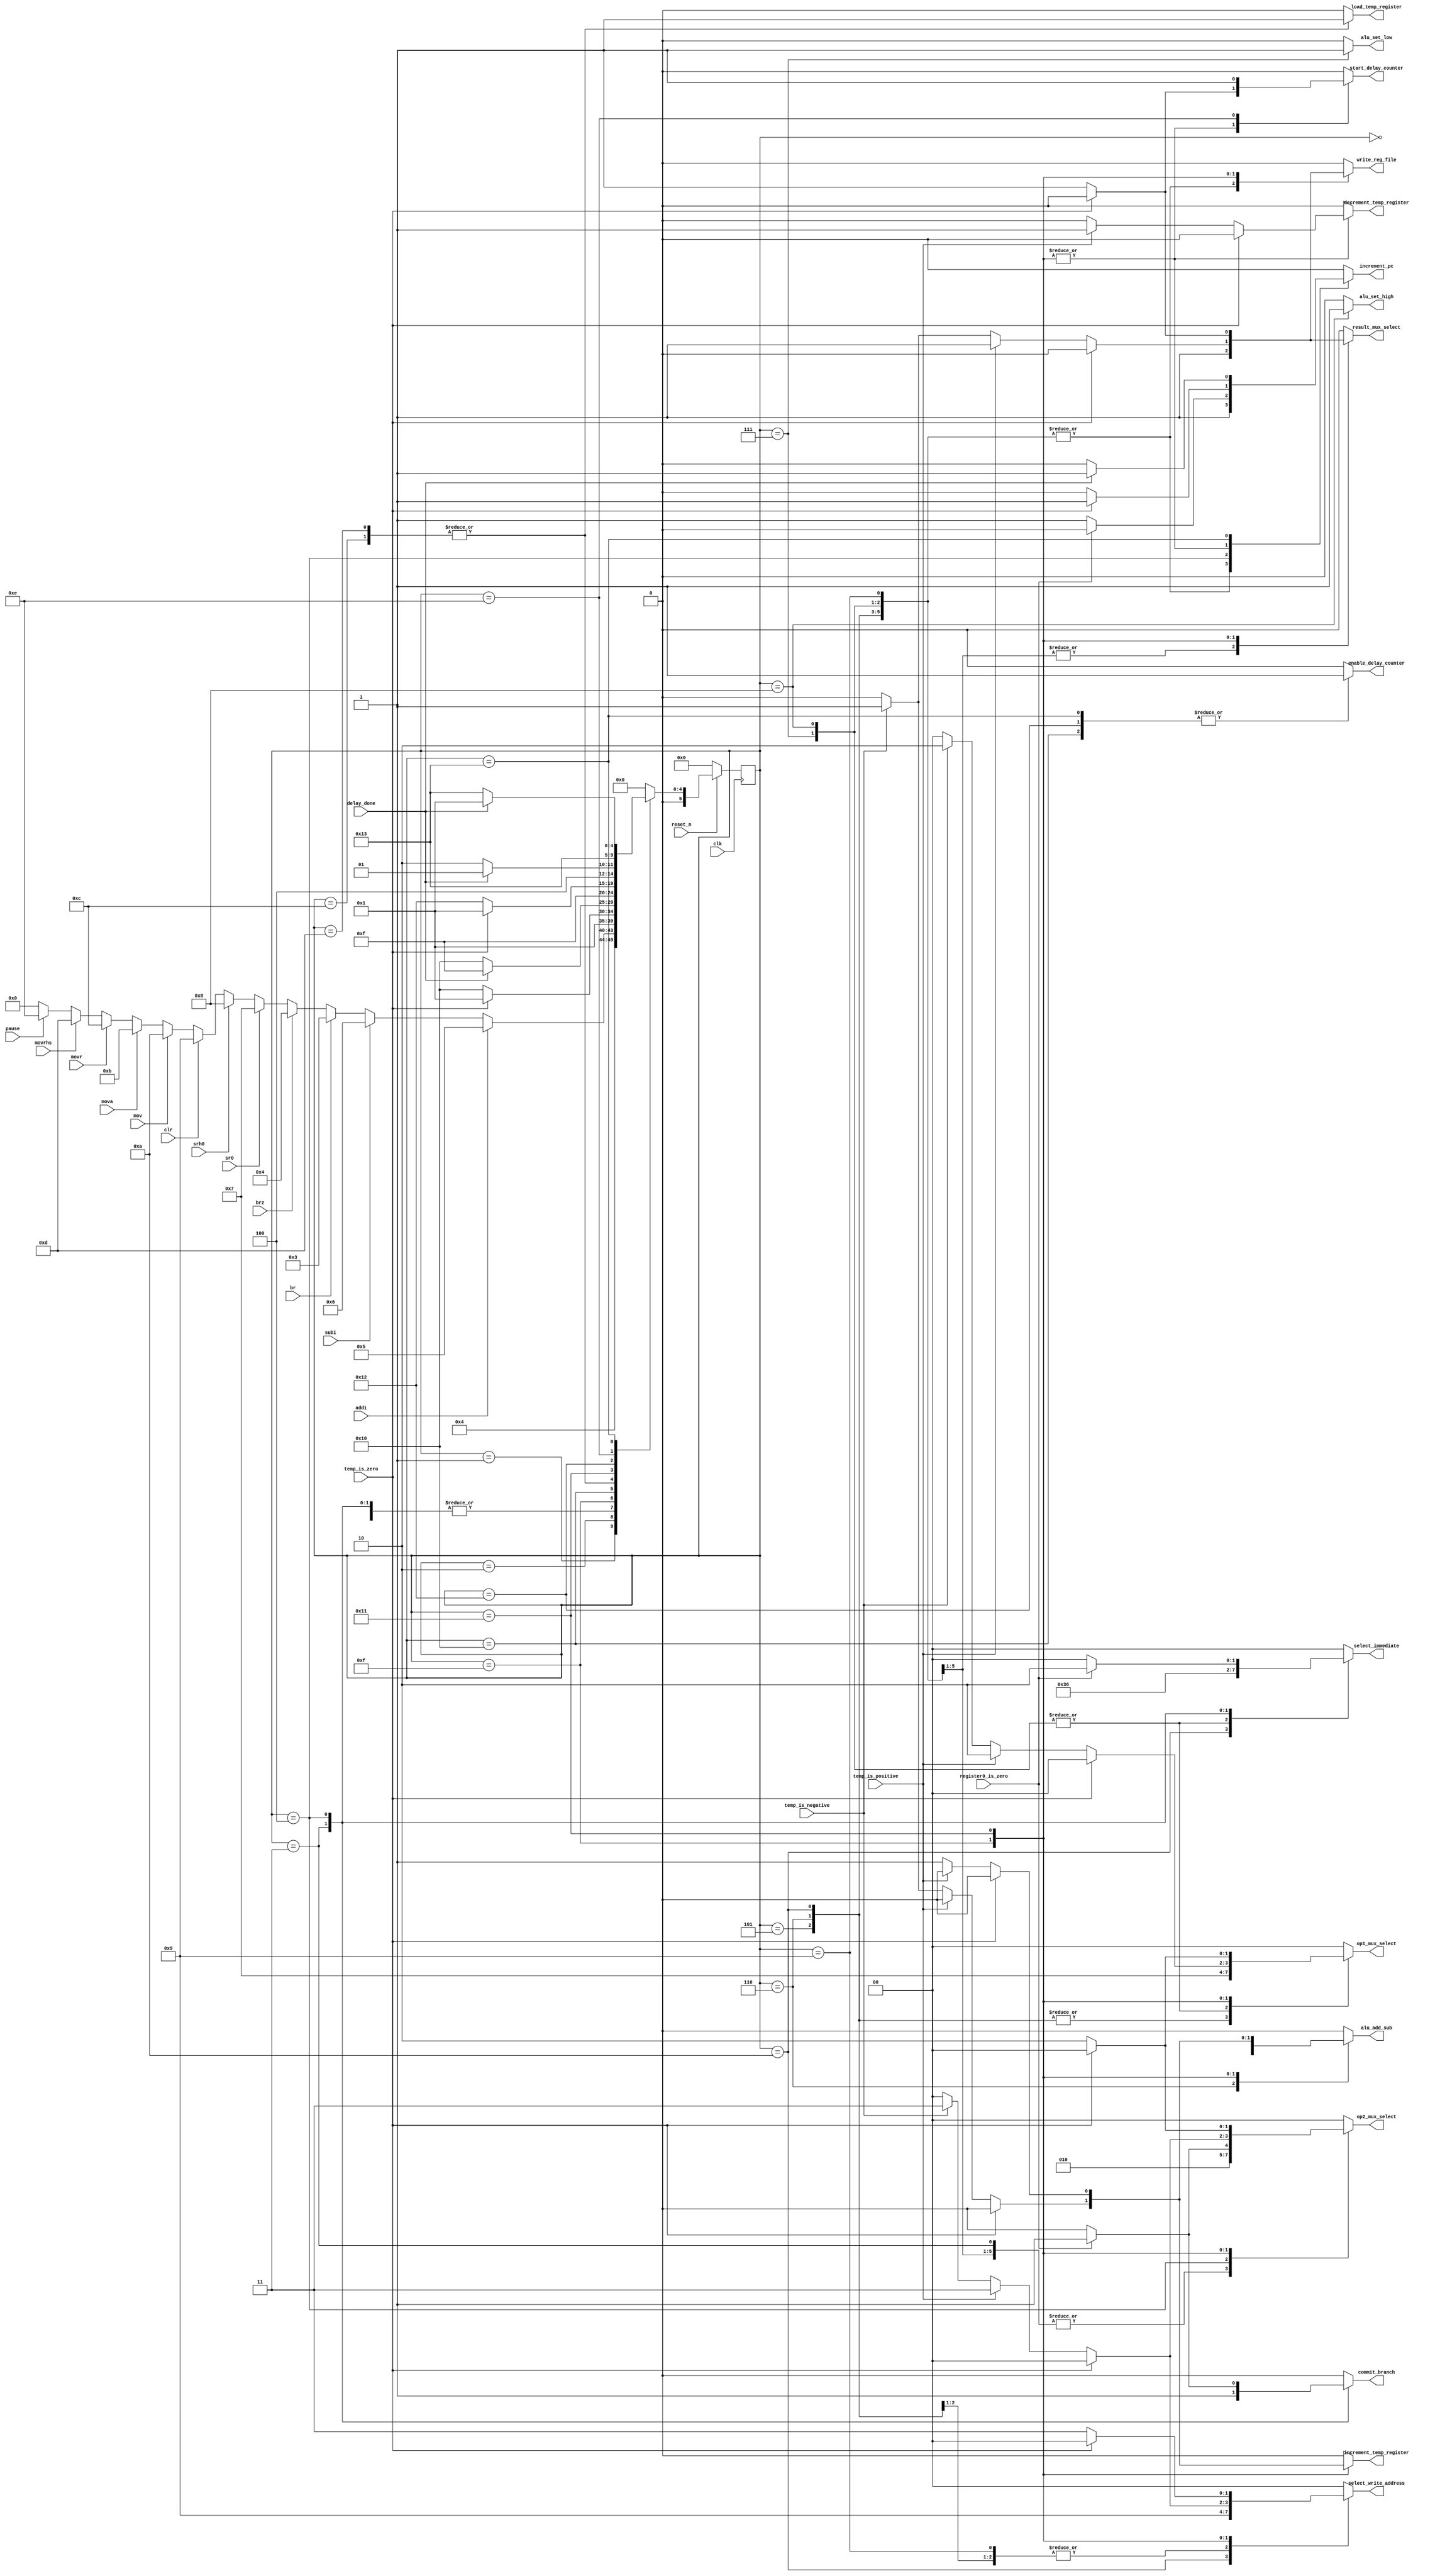

module control_fsm (
	input clk, reset_n,
	// Status inputs
	input br, brz, addi, subi, sr0, srh0, clr, mov, mova, movr, movrhs, pause,
	input delay_done,
	input temp_is_positive, temp_is_negative, temp_is_zero,
	input register0_is_zero,
	// Control signal outputs
	output reg write_reg_file,
	output reg result_mux_select,
	output reg [1:0] op1_mux_select, op2_mux_select,
	output reg start_delay_counter, enable_delay_counter,
	output reg commit_branch, increment_pc,
	output reg alu_add_sub, alu_set_low, alu_set_high,
	output reg load_temp_register, increment_temp_register, decrement_temp_register,
	output reg [1:0] select_immediate,
	output reg [1:0] select_write_address
	
);
parameter RESET=5'b00000, FETCH=5'b00001, DECODE=5'b00010,
			BR=5'b00011, BRZ=5'b00100, ADDI=5'b00101, SUBI=5'b00110, SR0=5'b00111,
			SRH0=5'b01000, CLR=5'b01001, MOV=5'b01010, MOVA=5'b01011,
			MOVR=5'b01100, MOVRHS=5'b01101, PAUSE=5'b01110, MOVR_STAGE2=5'b01111,
			MOVR_DELAY=5'b10000, MOVRHS_STAGE2=5'b10001, MOVRHS_DELAY=5'b10010,
			PAUSE_DELAY=5'b10011;

reg [5:0] state;
reg [5:0] next_state_logic; // NOT REALLY A REGISTER!!!

// Next state logic
always @(*)
	begin
		case (state)
		RESET:
			next_state_logic = FETCH;
		FETCH:
			next_state_logic = DECODE;
		DECODE:
			begin
			if (addi)
			next_state_logic = ADDI;
			else if (subi)
			next_state_logic = SUBI;
			else if (br)
			next_state_logic = BR;
			else if (brz)
			next_state_logic = BRZ;
			else if (sr0)
			next_state_logic = SR0;
			else if (srh0)
			next_state_logic = SRH0;
			else if (clr)
			next_state_logic = CLR;
			else if (mov)
			next_state_logic = MOV;
			else if (mova)
			next_state_logic = MOVA;
			else if (movr)
			next_state_logic = MOVR;
			else if (movrhs)
			next_state_logic = MOVRHS;
			else if (pause)
			next_state_logic = PAUSE;
			else next_state_logic = RESET;
			end
		/* ----- 3.27 implemented ------*/
		ADDI:
			next_state_logic = FETCH;
		SUBI:
			next_state_logic = FETCH;
		MOV:
			next_state_logic = FETCH;
		SR0:
			next_state_logic = FETCH;
		SRH0:
			next_state_logic = FETCH;
		CLR:
			next_state_logic = FETCH;
		BR:
			next_state_logic = FETCH;
		BRZ:
			next_state_logic = FETCH;
		//MOVR
		MOVR:
			next_state_logic = MOVR_STAGE2;
		MOVR_STAGE2:
			begin
			if (temp_is_zero)
				next_state_logic = FETCH;
			else
				next_state_logic = MOVR_DELAY;
			end
		MOVR_DELAY:
			begin
			if (delay_done)
				next_state_logic = MOVR_STAGE2;
			else
				next_state_logic = MOVR_DELAY;
			end
		//MOVRHS
		MOVRHS:
			next_state_logic = MOVR_STAGE2;
		MOVRHS_STAGE2:
			begin
			if (temp_is_zero)
				next_state_logic = FETCH;
			else
				next_state_logic = MOVRHS_DELAY;
			end
		MOVRHS_DELAY:
			begin
			if (delay_done)
				next_state_logic = MOVRHS_STAGE2;
			else
				next_state_logic = MOVRHS_DELAY;
			end
		
		/*-------3.29 implemented--------*/
		PAUSE:
			next_state_logic = PAUSE_DELAY;
		/*------3.29-----*/
		PAUSE_DELAY:
			begin
			if (delay_done)
				next_state_logic = FETCH;
			else
				next_state_logic = PAUSE_DELAY;
			end
		/* -----------------------------*/
		
		default:
			next_state_logic = RESET;
			
		endcase
	end


// State register
always @ (posedge clk)
	begin
		if (!reset_n)
			state <= RESET;
		else 
			state <= next_state_logic;
	end

// Output logic

always @(*)////????
	begin
		// Convenient way to avoid having to specify all the
		// signals for all cases
		write_reg_file = 1'b0;
		result_mux_select = 1'b0;
		op1_mux_select = 2'b00;
		op2_mux_select = 2'b00;
		start_delay_counter = 1'b0;
		enable_delay_counter = 1'b0;
		commit_branch = 1'b0;
		increment_pc = 1'b0;
		alu_add_sub = 1'b0;
		alu_set_low = 1'b0;
		alu_set_high = 1'b0;
		load_temp_register = 1'b0;
		increment_temp_register = 1'b0;
		decrement_temp_register = 1'b0;
		select_immediate = 2'b00;
		select_write_address = 2'b00;
		
		case (state)
		ADDI:
			begin
				// Beware! The next line might be different in your system
				select_immediate = 2'b00;
				/*  	00 --> imm3
						01 --> imm4
						10 --> imm5
				*/
				op1_mux_select = 2'b01;
				op2_mux_select = 2'b01;
				alu_add_sub = 1'b0;
				// Beware! The next line might be different in your system
				result_mux_select = 1'b1;
				/*  	0 --> 8'b0
						1 --> alu_result
				*/
				write_reg_file = 1'b1;
				select_write_address = 2'b01;
				increment_pc = 1'b1;
			end
		SUBI:
			begin
				select_immediate = 2'b00;
				/*  	00 --> imm3
						01 --> imm4
						10 --> imm5
				*/
				op1_mux_select = 2'b01;
				op2_mux_select = 2'b01;
				alu_add_sub = 1'b1;//subtract

				result_mux_select = 1'b1;
				/*  	0 --> 8'b0
						1 --> alu_result
				*/
				write_reg_file = 1'b1;
				select_write_address = 2'b01;
				increment_pc = 1'b1;
			end
		MOV:
			begin
				op1_mux_select = 2'b01;
				op2_mux_select = 2'b01;
				select_immediate = 2'b11;//8'b0
				alu_add_sub = 1'b0;
				
				result_mux_select = 1'b1;
				write_reg_file = 1'b1;
				select_write_address = 2'b10;
				increment_pc = 1'b1;
			end
		SR0:
			begin
				select_immediate = 2'b01;
				op1_mux_select = 2'b11;//operanda
				op2_mux_select = 2'b01;//opreandb
				alu_set_low = 1'b1;
				
				result_mux_select = 1'b1;
				write_reg_file = 1'b1;
				select_write_address = 2'b00;
				increment_pc = 1'b1;
			end
		SRH0:
			begin
				select_immediate = 2'b01;
				op1_mux_select = 2'b11;//operanda
				op2_mux_select = 2'b01;//opreandb
				alu_set_high = 1'b1;
				
				result_mux_select = 1'b1;
				write_reg_file = 1'b1;
				select_write_address = 2'b00;
				increment_pc = 1'b1;
			end
		CLR:
			begin
				result_mux_select = 1'b0;//8'b0
				write_reg_file = 1'b1;
				select_write_address = 2'b01;
				increment_pc = 1'b1;
			end
		BR:
			begin
				select_immediate = 2'b10;//imm5
				op1_mux_select = 2'b00;//pc
				op2_mux_select = 2'b01;//imm5
				alu_add_sub = 1'b0;//add

				commit_branch = 1'b1;
			end
		//pg 72, note5
		BRZ:
			begin
				if (register0_is_zero) begin
					op1_mux_select = 2'b00;
					op2_mux_select = 2'b01;
					select_immediate = 2'b10;
					/*  	00 --> imm3
							01 --> imm4
							10 --> imm5
					*/
					alu_add_sub = 1'b0;
					commit_branch = 1'b1;
				end
				else
					increment_pc = 1'b1;
			end
			
		MOVR:
			begin
				load_temp_register = 1'b1;
			end
		
		MOVR_STAGE2:
			begin//0
					if (temp_is_zero)
						increment_pc = 1'b1;
					else
						begin
						if (temp_is_positive)
							begin//2
							decrement_temp_register = 1'b1;
							op1_mux_select = 2'b10;
							op2_mux_select = 2'b11;
							alu_add_sub = 1'b0;
							
							result_mux_select = 1'b1;
							select_write_address = 2'b11;
							write_reg_file = 1'b1;
							end//2
						else if (temp_is_negative)
							begin//1
							increment_temp_register = 1'b1;
							op1_mux_select = 2'b10;
							op2_mux_select = 2'b11;
							alu_add_sub = 1'b1;
							
							result_mux_select = 1'b1;
							select_write_address = 2'b11;
							write_reg_file = 1'b1;								
							end//1
						start_delay_counter = 1'b1;
						end
			end//0
		
		MOVR_DELAY:
			begin
				enable_delay_counter = 1'b1;
			end
		MOVRHS:
			begin
				load_temp_register = 1'b1;
			end
		MOVRHS_STAGE2:
			begin
				if (temp_is_zero)
					increment_pc = 1'b1;
				else
					begin
					if (temp_is_positive)
						begin
							decrement_temp_register = 1'b1;
							op1_mux_select = 2'b10;//R2
							op2_mux_select = 2'b10;//1
							alu_add_sub = 1'b0;//add
							
							result_mux_select = 1'b1;
							select_write_address = 2'b11;//2
							write_reg_file = 1'b1;
						end
					else 
						begin
							increment_temp_register = 1'b1;
							op1_mux_select = 2'b10;
							op2_mux_select = 2'b10;//1
							alu_add_sub = 1'b1;//subtract
							
							result_mux_select = 1'b1;
							select_write_address = 2'b11;
							write_reg_file = 1'b1;		
						end
					start_delay_counter = 1'b1;
					end
			end
		MOVRHS_DELAY:
			begin
				enable_delay_counter = 1'b1;
			end
		PAUSE:
			start_delay_counter = 1'b1;
		PAUSE_DELAY:
			begin
			enable_delay_counter = 1'b1;
			if (delay_done)
				increment_pc = 1'b1;
			end
		endcase
	end


endmodule